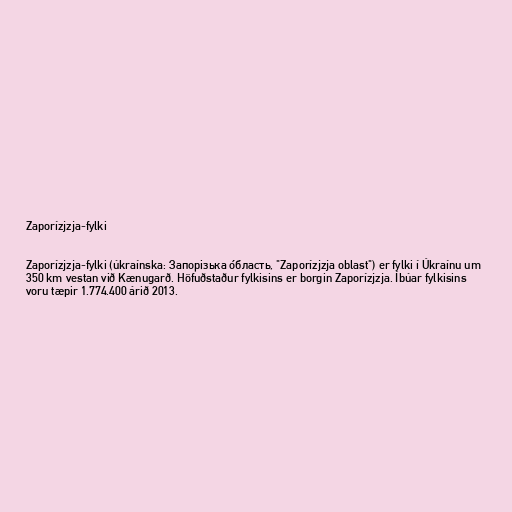
Zaporízjzja-fylki

Zaporízjzja-fylki (úkraínska: Запорізька о́бласть, "Zaporízjzja oblast") er fylki í Úkraínu um
350 km vestan við Kænugarð. Höfuðstaður fylkisins er borgin Zaporízjzja. Íbúar fylkisins
voru tæpir 1.774.400 árið 2013.